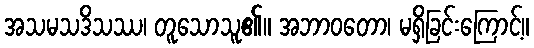
အသမသဒိသဿ၊ တူသောသူ၏။ အဘာဝတော၊ မရှိခြင်းကြောင့်။